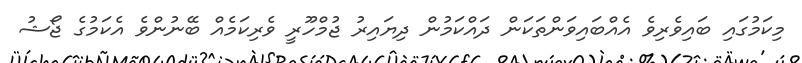
މިކަމުގައި ބައިވެރިވެ އެއްބައިވަންތަކަން ދައްކަމުން ދިޔައިރު ޖުމްހޫރީ ވެރިކަމެއް ބޭނުންވެ އެކަމުގެ ޖޯޝު